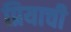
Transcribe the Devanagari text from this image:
प्रियाची